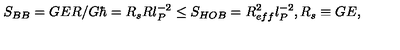
S _ { B B } = G E R / G \hbar = R _ { s } R l _ { P } ^ { - 2 } \le S _ { H O B } = R _ { e f f } ^ { 2 } l _ { P } ^ { - 2 } , R _ { s } \equiv G E ,